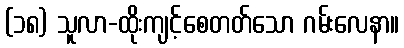
(၁၈) သူလာ-ထိုးကျင့်စေတတ်သော ဂမ်းလေနာ။